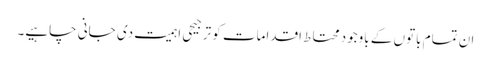
ان تمام باتوں کے باوجود محتاط اقدامات کو ترجیحی اہمیت دی جانی چاہیے۔